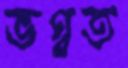
ভগ্বত